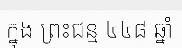
ក្នុង ព្រះជន្ម ៤៤៨ ឆ្នាំ